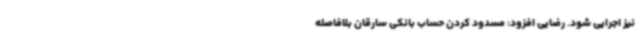
نیز اجرایی شود. رضایی افزود: مسدود کردن حساب بانکی سارقان بلافاصله